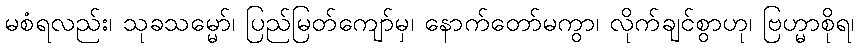
မစံရလည်း၊ သုခသမ္မော်၊ ပြည်မြတ်ကျော်မှ၊ နောက်တော်မကွာ၊ လိုက်ချင်စွာဟု၊ ဗြဟ္မာစိုရ၊